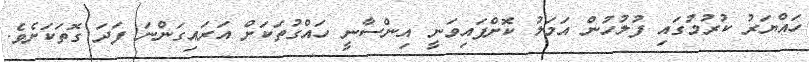
ހައްޔަރު ކުރުމުގައި ފުލުހުން އަމަލު ކޮށްފައިވަނީ އިންސާނީ ހައްގުތަކަށް އަރައިގަންނަ ފަދަ ގޮތަކަށެވެ.